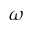
\omega